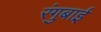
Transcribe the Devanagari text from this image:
रंगुबाई